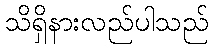
သိရှိနားလည်ပါသည်